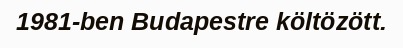
1981-ben Budapestre költözött.